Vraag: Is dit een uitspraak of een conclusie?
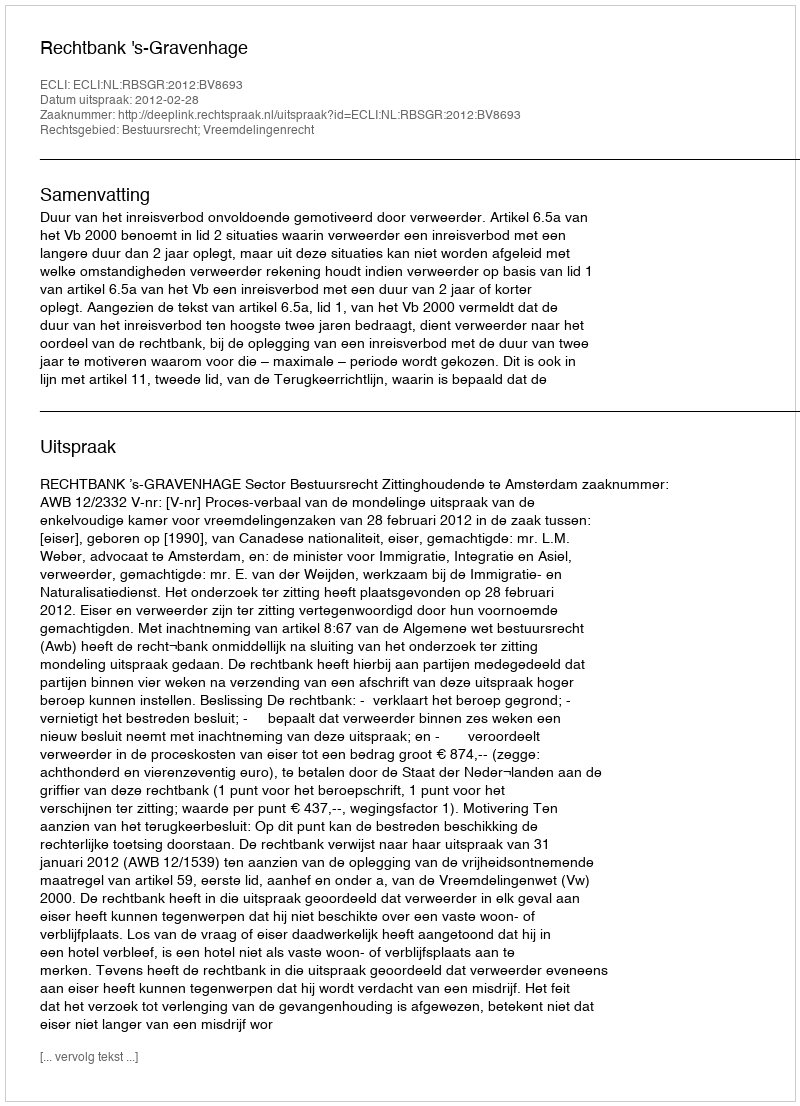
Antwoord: Uitspraak